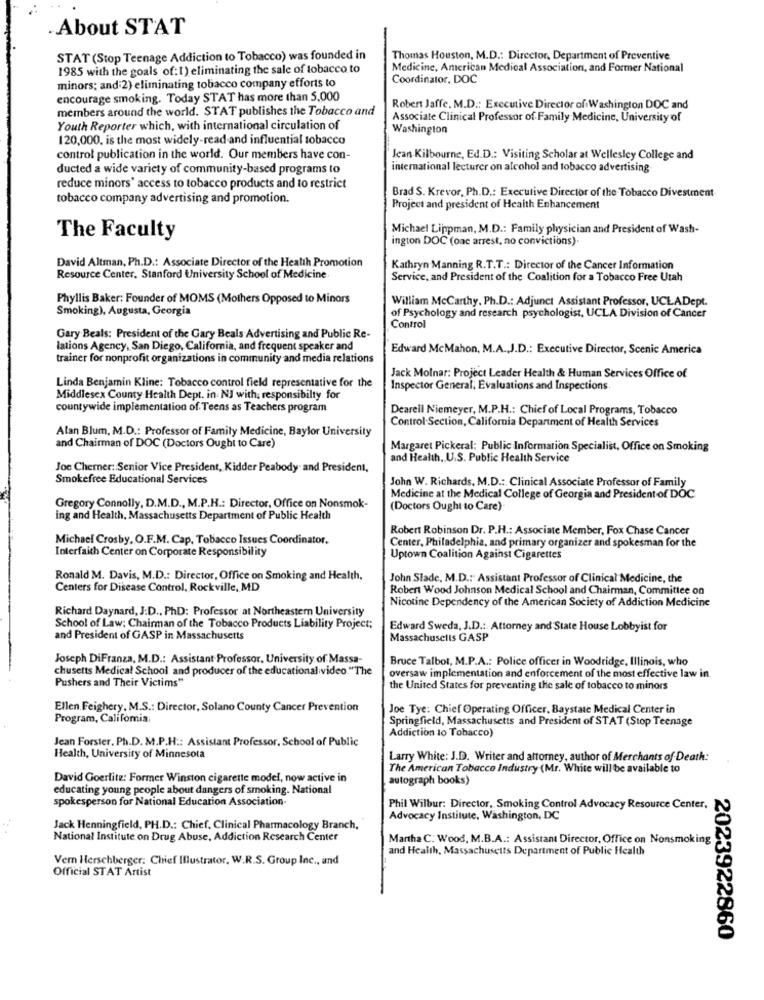
.About STAT
STAT (Stop Teenage Addiction to Tobacco) was founded in
Thomas Houston, M.D .: Director, Department of Preventive
1985 with the goals of:1) eliminating the sale of tobacco to
Medicine, American Medical Association, and Former National
minors; and 2) eliminating tobacco company efforts to
Coordinator, DOC
encourage smoking. Today STAT has more than 5,000
members around the world. STAT publishes the Tobacco and
Robert Jaffe. M.D .: Executive Director of Washington DOC and
Associate Clinical Professor of Family Medicine, University of
Youth Reporter which, with international circulation of
Washington
120,000, is the most widely-read and influential tobacco
control publication in the world. Our members have con-
Jean-Kilbourne, Ed.D .: Visiting Scholar at Wellesley College and
ducted a wide variety of community-based programs to
international lecturer on alcohol and tobacco advertising
reduce minors' access to tobacco products and to restrict
tobacco company advertising and promotion.
Brad S. Krevor, Ph.D .: Executive Director of the Tobacco Divestment
Project and president of Health Enhancement
Michael Lippman, M.D .: Family physician and President of Wash-
The Faculty
ington DOC (one arrest, no convictions).
David Altman, Ph.D .: Associate Director of the Health Promotion
Kathryn Manning R.T.T .: Director of the Cancer Information
Resource Center, Stanford University School of Medicine
Service, and President of the Coalition for a Tobacco Free Utah
Phyllis Baker: Founder of MOMS (Mothers Opposed to Minors
William McCarthy, Ph.D .: Adjunct Assistant Professor, UCLADept.
Smoking), Augusta, Georgia
of Psychology and research psychologist, UCLA Division of Cancer
Control
Gary Beals: President of the Gary Beals Advertising and Public Re-
lations Agency, San Diego, California, and frequent speaker and
Edward McMahon, M.A.J.D .: Executive Director, Scenic America
trainer for nonprofit organizations in community and media relations
Linda Benjamin Kline: Tobacco control field representative for the
Jack Molnar: Project Leader Health & Human Services Office of
Inspector General, Evaluations and Inspections
Middlesex County Health Dept. in NJ with; responsibilty for
countywide implementation of Teens as Teachers program
Deareil Niemeyer, M.P.H .: Chief of Local Programs, Tobacco
Control Section, California Department of Health Services
Alan Blum, M.D .: Professor of Family Medicine, Baylor University
and Chairman of DOC (Doctors Ought to Care)
Margaret Pickeral: Public Information Specialist, Office on Smoking
and Health .. U.S. Public Health Service
Joe Cherner: Senior Vice President, Kidder Peabody and President,
Smokefree Educational Services
John W. Richards, M.D .: Clinical Associate Professor of Family
Medicine at the Medical College of Georgia and President of DOC
Gregory Connolly, D.M.D ., M.P.H .: Director, Office on Nonsmok-
(Doctors Ought to Care)
ing and Health, Massachusetts Department of Public Health
Robert Robinson Dr. P.H .: Associate Member, Fox Chase Cancer
Michael Crosby, O.F.M. Cap, Tobacco Issues Coordinator.
Center, Philadelphia, and primary organizer and spokesman for the
Interfaith Center on Corporate Responsibility
Uptown Coalition Against Cigarettes
Ronald M. Davis, M.D .: Director, Office on Smoking and Health,
John Slade, M.D .: Assistant Professor of Clinical Medicine, the
Centers for Disease Control, Rockville, MD
Robert Wood Johnson Medical School and Chairman, Committee on
Nicotine Dependency of the American Society of Addiction Medicine
Richard Daynard, J.D ., PhD: Professor at Northeastern University
School of Law; Chairman of the Tobacco Products Liability Project;
Edward Sweda, J.D .: Attorney and State House Lobbyist for
and President of GASP in Massachusetts
Massachusetts GASP
Joseph DiFranza, M.D .: Assistant Professor, University of Massa-
Bruce Talbot, M.P.A .: Police officer in Woodridge, Illinois, who
chusetts Medical School and producer of the educational video. "The
Pushers and Their Victims"
oversaw implementation and enforcement of the most effective law in
the United States for preventing the sale of tobacco to minors
Ellen Feighery, M.S .: Director, Solano County Cancer Prevention
Joe Tye: Chief Operating Officer, Baystate Medical Center in
Program, Califomia;
Springfield, Massachusetts and President of STAT (Stop Teenage
Addiction to Tobacco)
Jean Forster, Ph.D. M.P.H .: Assistant Professor, School of Public
Health, University of Minnesota
Larry White: J.D. Writer and attorney, author of Merchants of Death:
The American Tobacco Industry (Mr. White will be available to
David Goerlite: Former Winston cigarette model, now active in
autograph books)
educating young people about dangers of smoking. National
spokesperson for National Education Association-
Phil Wilbur: Director, Smoking Control-Advocacy Resource Center.
Advocacy Institute, Washington, DC
Jack Henningfield, PH.D .: Chief, Clinical Pharmacology Branch,
National Institute on Drug Abuse, Addiction Research Center
Martha C. Wood, M.B.A .: Assistant Director, Office on Nonsmoking
and Health, Massachusetts Department of Public Health
Vern Herschberger: Chief Illustrator, W.R.S. Group Inc ., and
Official STAT Artist
2023922860